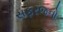
સફરજનો